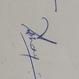
Signature authenticity: genuine